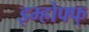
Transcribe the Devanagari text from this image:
इम्होफ्फ्